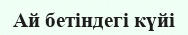
Ай бетіндегі күйі